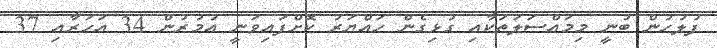
ފުލުހުން ބުނީ މިމައްސަލަތަކާއި ގުޅިގެން ހައްޔަރު ކޮށްފައިވަނީ އުމުރުން 34 އަހަރާއި 37